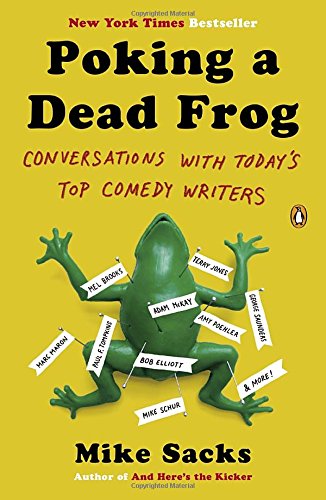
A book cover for Poking a Dead Frog: Conversations with TodayEEs Top Comedy Writers; Mike Sacks; Politics & Social Sciences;